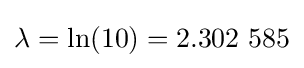
\lambda =\ln(10)=2.302\ 585